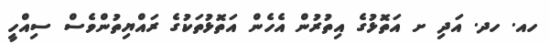
ހއ. ހދ. އަދި ށ އަތޮޅުގެ އިތުރުން އެހެން އަތޮޅުތަކުގެ ރައްޔިތުންވެސް ސިއްހީ